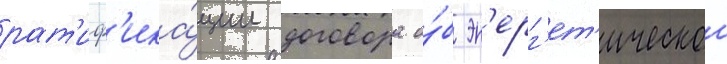
рат'иф'ика́ции договора о́б эн'ерг'ет'ическои